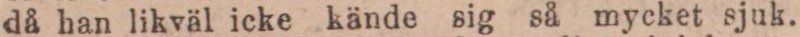
då han likväl icke kände sig så mycket sjuk.